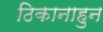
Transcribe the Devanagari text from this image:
ठिकानाहुन